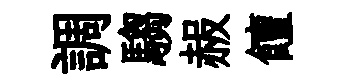
調騶赧饘